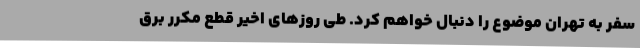
سفر به تهران موضوع را دنبال خواهم کرد. طی روزهای اخیر قطع مکرر برق